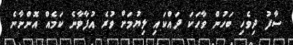
ސާފު ދިވެހި ބަހުން ވާހަކަ ދައްކައި ލިޔުމަށް ވުރެ އުފާވާނެ ކަމެއް އޮންނާނެ